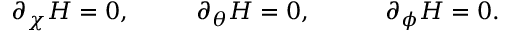
\partial _ { \chi } { \cal H } = 0 , ~ ~ ~ ~ ~ ~ ~ ~ \partial _ { \theta } { \cal H } = 0 , ~ ~ ~ ~ ~ ~ ~ ~ ~ \partial _ { \phi } { \cal H } = 0 .